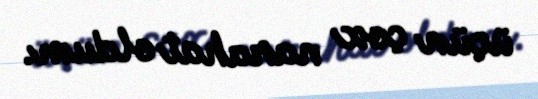
üçün çox narahat oldum.